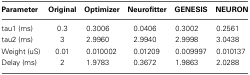
<table><thead><tr><td><b>Parameter</b></td><td><b>Original</b></td><td><b>Optimizer</b></td><td><b>Neurofitter</b></td><td><b>GENESIS</b></td><td><b>NEURON</b></td></tr></thead><tbody><tr><td>tau1 (ms)</td><td>0.3</td><td>0.3006</td><td>0.0406</td><td>0.3002</td><td>0.2561</td></tr><tr><td>tau2 (ms)</td><td>3</td><td>2.9960</td><td>2.9940</td><td>2.9998</td><td>3.0438</td></tr><tr><td>Weight (uS)</td><td>0.01</td><td>0.010002</td><td>0.01209</td><td>0.009997</td><td>0.010137</td></tr><tr><td>Delay (ms)</td><td>2</td><td>1.9783</td><td>0.3672</td><td>1.9863</td><td>2.0288</td></tr></tbody></table>